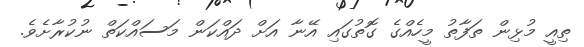
ތިއީ މުޅިން ތަފާތު މީހެއްގެ ގޮތުގައި އޭނާ އަށް ދައްކަން މަސައްކަތް ނުކުރާށެވެ.